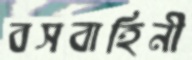
বসবাহিনী